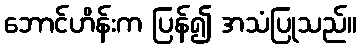
ဘောင်ဟိန်းက ပြန်၍ အသံပြုသည်။